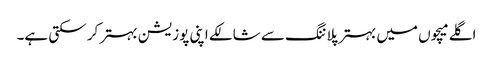
اگلے میچوں میں بہتر پلاننگ سے شالکے اپنی پوزیشن بہتر کر سکتی ہے۔